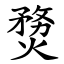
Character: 熃